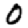
Digit: 0